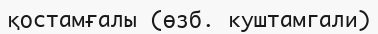
қостамғалы (өзб. куштамгали)